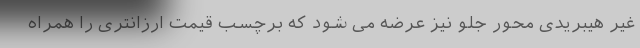
غیر هیبریدی محور جلو نیز عرضه می شود که برچسب قیمت ارزانتری را همراه